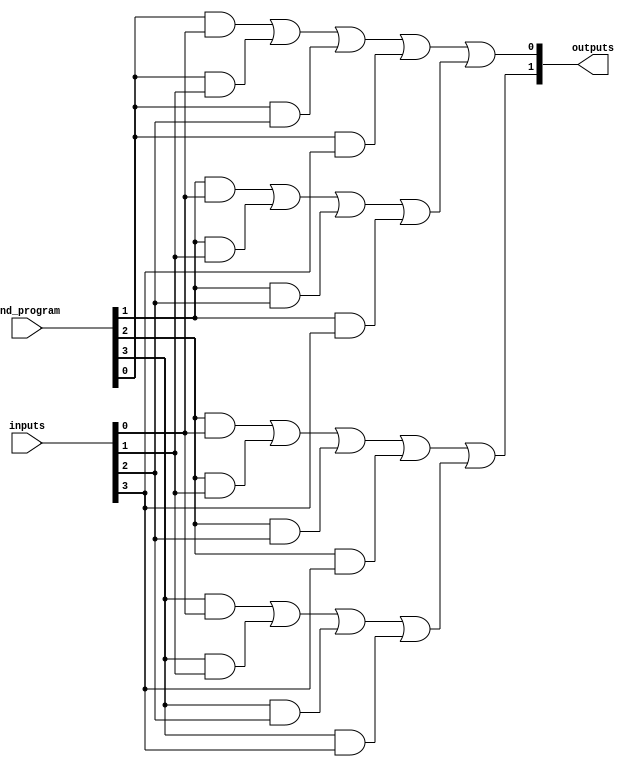
module PAL (
    input wire [N-1:0] inputs,          // N input lines
    input wire [M-1:0] and_program,      // M programmable AND gates
    output wire [P-1:0] outputs          // P output lines
);
    parameter N = 4;                     // Number of inputs
    parameter M = 4;                     // Number of AND gates
    parameter P = 2;                     // Number of outputs

    // Internal signals for AND gate outputs
    wire [M-1:0] and_outputs;

    // Programmable AND array
    genvar i;
    generate
        for (i = 0; i < M; i = i + 1) begin : and_array
            assign and_outputs[i] = 
                (and_program[i] & inputs[0]) |
                (and_program[i] & inputs[1]) |
                (and_program[i] & inputs[2]) |
                (and_program[i] & inputs[3]);
        end
    endgenerate

    // Fixed OR array
    assign outputs[0] = and_outputs[0] | and_outputs[1]; // Example OR logic for output 0
    assign outputs[1] = and_outputs[2] | and_outputs[3]; // Example OR logic for output 1

endmodule